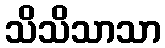
သိသိသာသာ